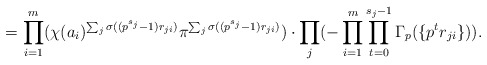
\begin{align*}=\prod_{i=1}^{m}(\chi(a_{i})^{\sum_{j}\sigma((p^{s_{j}}-1)r_{ji})}\pi^{\sum_{j}\sigma((p^{s_{j}}-1)r_{ji})})\cdot\prod_{j}(-\prod_{i=1}^{m}\prod_{t=0}^{s_{j}-1}\Gamma_{p}(\{p^{t}r_{ji}\})).\end{align*}